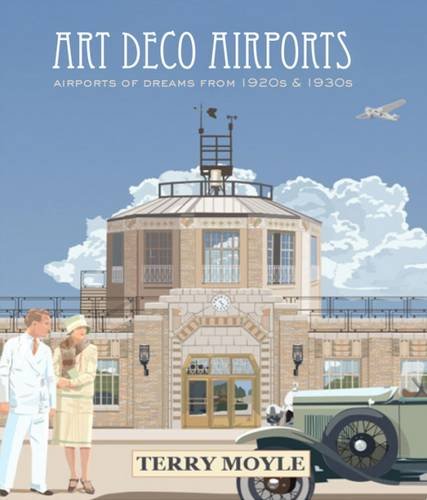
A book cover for Art Deco Airports: Airports of Dreams From 1920's & 1930's; Terry Moyle; Arts & Photography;